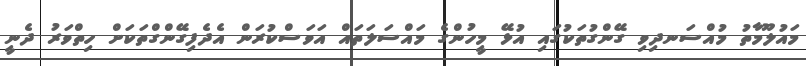
މައުލޫމާތު މުއްސަނދިވި ގޭންގުތަކުގައި އުޅޭ މީހުންގެ މައްސަލަތައް އަވަސްކުރަން އެދެފިގޭންގްތަކަށް ހިތްވަރު ދެނީ